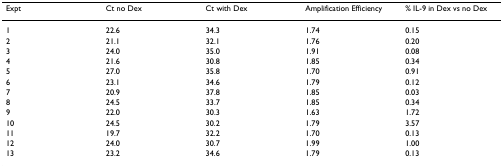
<table><thead><tr><td><b>Expt</b></td><td><b>Ct no Dex</b></td><td><b>Ct with Dex</b></td><td><b>Amplification Efficiency</b></td><td><b>% IL-9 in Dex vs no Dex</b></td></tr></thead><tbody><tr><td>1</td><td>22.6</td><td>34.3</td><td>1.74</td><td>0.15</td></tr><tr><td>2</td><td>21.1</td><td>32.1</td><td>1.76</td><td>0.20</td></tr><tr><td>3</td><td>24.0</td><td>35.0</td><td>1.91</td><td>0.08</td></tr><tr><td>4</td><td>21.6</td><td>30.8</td><td>1.85</td><td>0.34</td></tr><tr><td>5</td><td>27.0</td><td>35.8</td><td>1.70</td><td>0.91</td></tr><tr><td>6</td><td>23.1</td><td>34.6</td><td>1.79</td><td>0.12</td></tr><tr><td>7</td><td>20.9</td><td>37.8</td><td>1.85</td><td>0.03</td></tr><tr><td>8</td><td>24.5</td><td>33.7</td><td>1.85</td><td>0.34</td></tr><tr><td>9</td><td>22.0</td><td>30.3</td><td>1.63</td><td>1.72</td></tr><tr><td>10</td><td>24.5</td><td>30.2</td><td>1.79</td><td>3.57</td></tr><tr><td>11</td><td>19.7</td><td>32.2</td><td>1.70</td><td>0.13</td></tr><tr><td>12</td><td>24.0</td><td>30.7</td><td>1.99</td><td>1.00</td></tr><tr><td>13</td><td>23.2</td><td>34.6</td><td>1.79</td><td>0.13</td></tr></tbody></table>